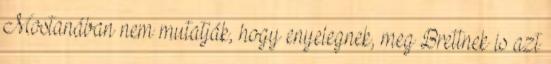
Mostanában nem mutatják, hogy enyelegnek, meg Brettnek is azt